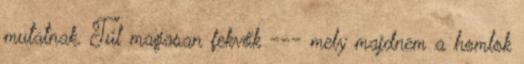
mutatnak. Túl magasan fekvők --- mely majdnem a homlok